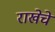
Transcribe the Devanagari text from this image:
राखेचे